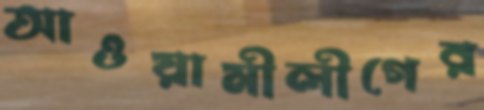
আওয়ামীলীগের